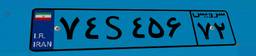
۷۴S۴۵۶۷۲